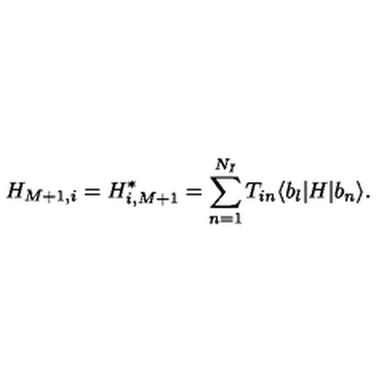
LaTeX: H _ { M + 1 , i } = H _ { i , M + 1 } ^ { * } = \sum _ { n = 1 } ^ { N _ { I } } T _ { i n } \langle b _ { l } | H | b _ { n } \rangle .